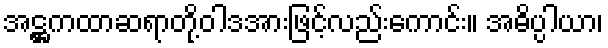
အဋ္ဌကထာဆရာတို့ဝါဒအားဖြင့်လည်းကောင်း။ အဓိပ္ပါယာ၊